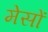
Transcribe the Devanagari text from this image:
मेसों